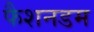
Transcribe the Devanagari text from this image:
फैशनडम